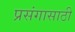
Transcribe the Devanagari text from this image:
प्रसंगासाठी